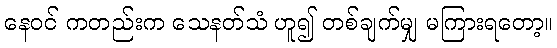
နေဝင် ကတည်းက သေနတ်သံ ဟူ၍ တစ်ချက်မျှ မကြားရတော့။